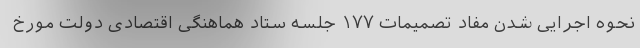
نحوه اجرایی شدن مفاد تصمیمات ۱۷۷ جلسه ستاد هماهنگی اقتصادی دولت مورخ